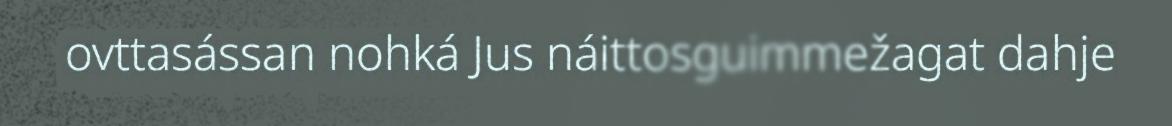
ovttasássan nohká Jus náittosguimmežagat dahje